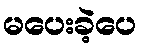
မပေးခဲ့ပေ